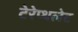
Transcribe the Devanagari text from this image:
टेरेप्थलेट